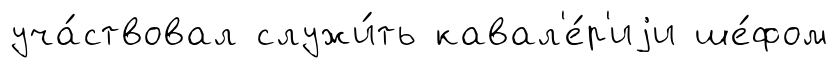
уча́ствовал служи́ть кавал'е́р'иjи ше́фом